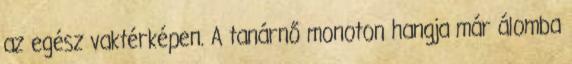
az egész vaktérképen. A tanárnő monoton hangja már álomba